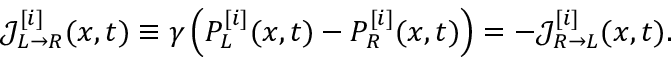
\mathcal { J } _ { L \rightarrow R } ^ { [ i ] } ( x , t ) \equiv \gamma \left( P _ { L } ^ { [ i ] } ( x , t ) - P _ { R } ^ { [ i ] } ( x , t ) \right) = - \mathcal { J } _ { R \rightarrow L } ^ { [ i ] } ( x , t ) .